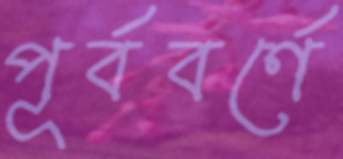
পূর্ববর্ণে